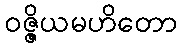
ဝဇ္ဇိယမဟိတော